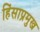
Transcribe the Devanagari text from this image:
हिंसाप्रमुख